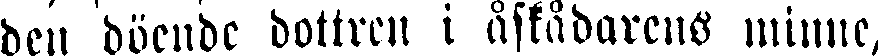
den döende dottren i åskådarens minne,